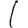
Digit: 1